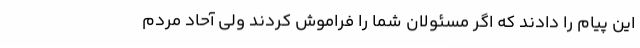
این پیام را دادند که اگر مسئولان شما را فراموش کردند ولی آحاد مردم